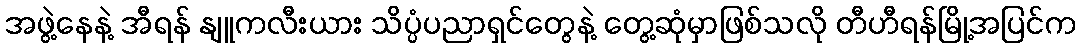
အဖွဲ့နေနဲ့ အီရန် နျူကလီးယား သိပ္ပံပညာရှင်တွေနဲ့ တွေ့ဆုံမှာဖြစ်သလို တီဟီရန်မြို့အပြင်က